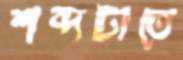
শব্দটাতে